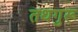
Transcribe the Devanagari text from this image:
तथगुरू